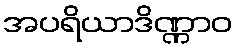
အပရိယာဒိဏ္ဏာဝ